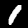
Label: 1